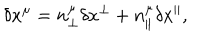
\delta x ^ { \mu } = n _ { \perp } ^ { \mu } \delta x ^ { \perp } + n _ { \parallel } ^ { \mu } \delta x ^ { \parallel } ,